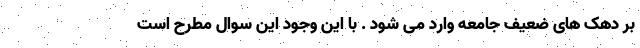
بر دهک های ضعیف جامعه وارد می شود . با این وجود این سوال مطرح است